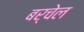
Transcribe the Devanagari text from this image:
बर्चेल